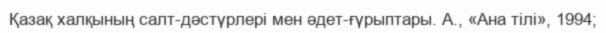
Қазақ халқының салт-дәстүрлері мен әдет-ғүрыптары. А., «Ана тілі», 1994;